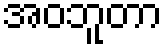
အဝဘူတာ